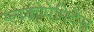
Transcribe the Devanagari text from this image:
ग्ल्य्कोपेप्तिदेस